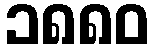
၁၈၈၀